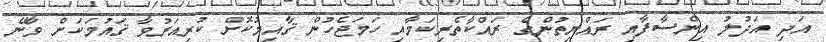
އަދި އަދުލު އިންސާފާއި ރައްޔިތުންގެ ރައްކާތެރިކަމާއި ހަމަޖެހުން ޤާއިމުކޮށް ކުރިއަރުވާ ޤައުމަކަށް ވާނޭ